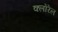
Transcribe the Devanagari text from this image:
क्लोरेल